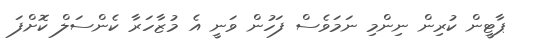
ޕާޓީން ކުރިން ނިންމި ނަމަވެސް ފަހުން ވަނީ އެ މުޒާހަރާ ކެންސަލް ކޮށްފަ